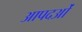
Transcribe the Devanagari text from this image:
आपदओं